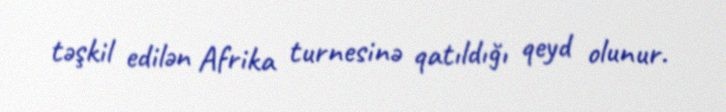
təşkil edilən Afrika turnesinə qatıldığı qeyd olunur.